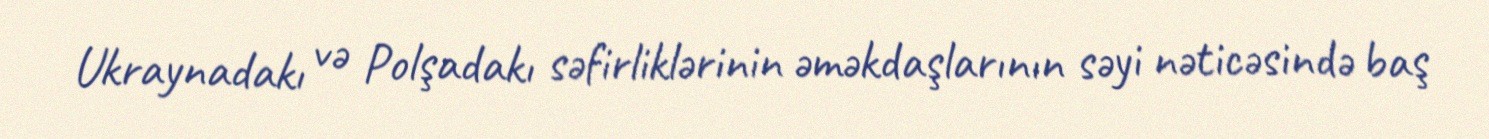
Ukraynadakı və Polşadakı səfirliklərinin əməkdaşlarının səyi nəticəsində baş